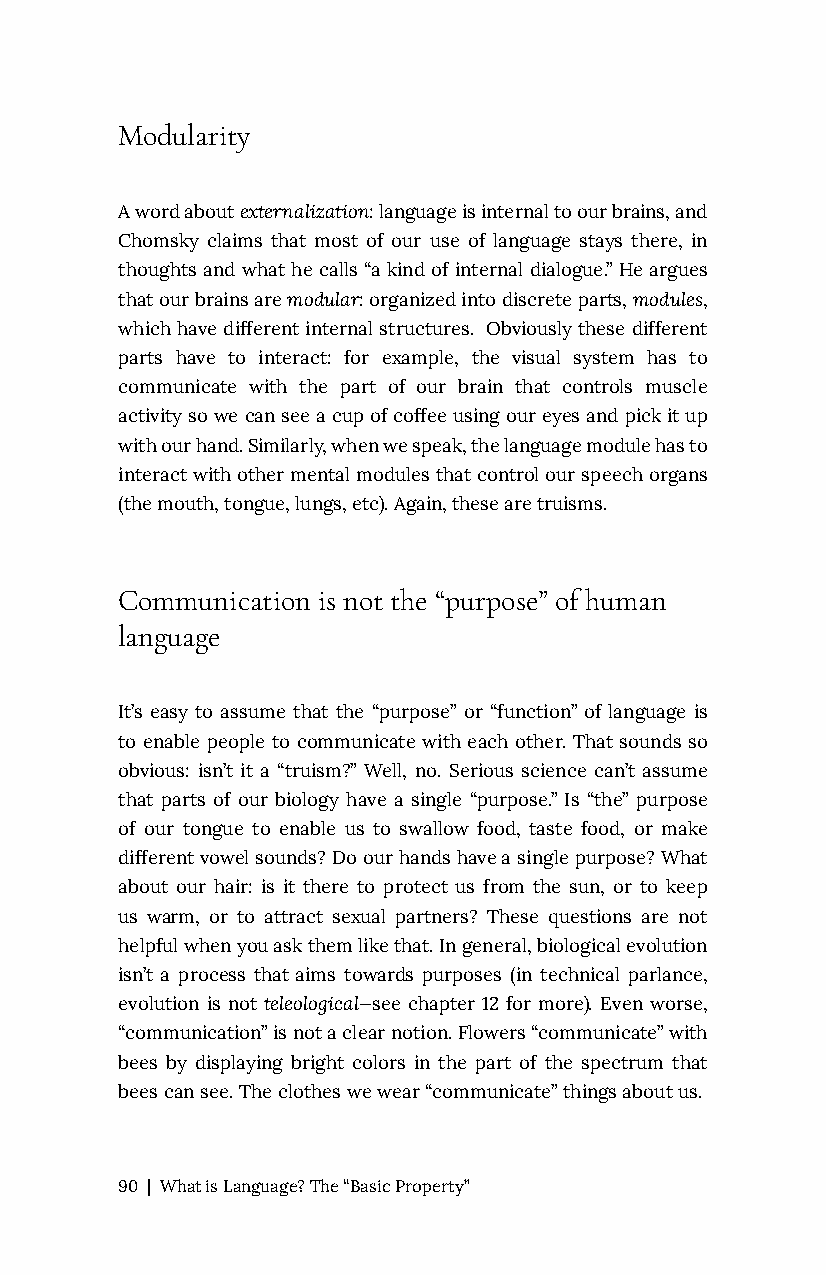
Modularity
 A word about externalization: language is internal to our brains, and
 Chomsky claims that most of our use of language stays there, in
 thoughts and what he calls “a kind of internal dialogue.” He argues
 that our brains are modular: organized into discrete parts, modules,
 which have different internal structures. Obviously these different
 parts have to interact: for example, the visual system has to
 communicate with the part of our brain that controls muscle
 activity so we can see a cup of coffee using our eyes and pick it up
 with our hand. Similarly, when we speak, the language module has to
 interact with other mental modules that control our speech organs
 (the mouth, tongue, lungs, etc). Again, these are truisms.
 Communication is not the “purpose” of human
 language
 It’s easy to assume that the “purpose” or “function” of language is
 to enable people to communicate with each other. That sounds so
 obvious: isn’t it a “truism?” Well, no. Serious science can’t assume
 that parts of our biology have a single “purpose.” Is “the” purpose
 of our tongue to enable us to swallow food, taste food, or make
 different vowel sounds? Do our hands have a single purpose? What
 about our hair: is it there to protect us from the sun, or to keep
 us warm, or to attract sexual partners? These questions are not
 helpful when you ask them like that. In general, biological evolution
 isn’t a process that aims towards purposes (in technical parlance,
 evolution is not teleological—see chapter 12 for more). Even worse,
 “communication” is not a clear notion. Flowers “communicate” with
 bees by displaying bright colors in the part of the spectrum that
 bees can see. The clothes we wear “communicate” things about us.
 90 | What is Language? The “Basic Property”